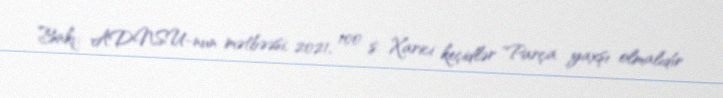
Bakı: ADNSU-nun mətbəəsi, 2021, 100 s. Xarici keçidlər "Parça yaxşı olmalıdır